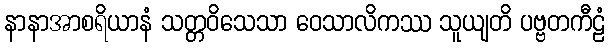
နာနာအာစရိယာနံ သတ္တဝိသေသာ ဝေသာလိကဿ သူယျတိ ပဗ္ဗတကီဠံ